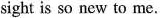
sight is so new to me.